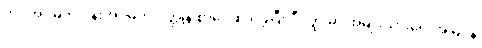
ဘဝအိပ်မက် ပန်းအိပ်မက် ဝတ္ထုနဲ့ စာပေဆု ရခဲ့ပြီး ဒီဝတ္ထုမှာ အမျိုးသားရေးအမြင်နဲ့